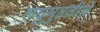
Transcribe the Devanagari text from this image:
लघुमुदतीचे